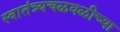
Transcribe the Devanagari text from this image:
स्वातंत्र्यचळवळीच्या